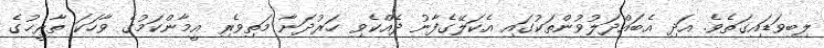
ލިބިވަޑައިގަތެވެ. އަދި އެބައްދަލުވުންތަކުގައި އެކަލޭގެފާނު ދެއްކެވި ހަރުދަނާ މަތިވެރި އީމާންކަމުގެ ވާހަކަ ތާރީޚުގެ